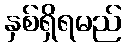
နှစ်ရှိရမည်